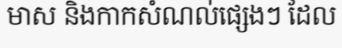
មាស និងកាកសំណល់ផ្សេងៗ ដែល